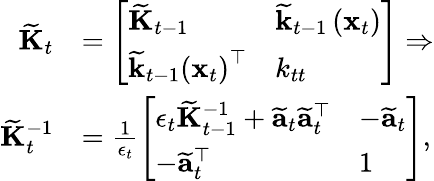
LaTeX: \begin{array}{rl}{\widetilde{\mathbf{K}}_{t}}&{=\left[\begin{array}{ll}{\widetilde{\mathbf{K}}_{t-1}}&{\widetilde{\mathbf{k}}_{t-1}\left(\mathbf{x}_{t}\right)}\\ {\widetilde{\mathbf{k}}_{t-1}\left(\mathbf{x}_{t}\right)^{\top}}&{k_{tt}}\end{array}\right]\Rightarrow}\\ {\widetilde{\mathbf{K}}_{t}^{-1}}&{=\frac{1}{\epsilon_{t}}\left[\begin{array}{ll}{\epsilon_{t}\widetilde{\mathbf{K}}_{t-1}^{-1}+\widetilde{\mathbf{a}}_{t}\widetilde{\mathbf{a}}_{t}^{\top}}&{-\widetilde{\mathbf{a}}_{t}}\\ {-\widetilde{\mathbf{a}}_{t}^{\top}}&{1}\end{array}\right],}\end{array}